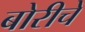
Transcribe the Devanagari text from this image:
बोरीचे